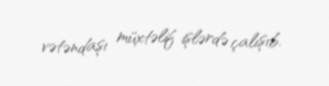
vətəndaşı müxtəlif işlərdə çalışıb.